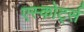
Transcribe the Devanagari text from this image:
एस्कोर्ट्स